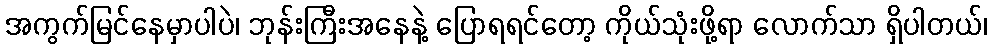
အကွက်မြင်နေမှာပါပဲ၊ ဘုန်းကြီးအနေနဲ့ ပြောရရင်တော့ ကိုယ်သုံးဖို့ရာ လောက်သာ ရှိပါတယ်၊